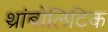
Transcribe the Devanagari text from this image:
थ्रांबोलिटिक